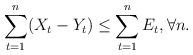
LaTeX: \begin{align*} \sum_{t=1}^n (X_t - Y_t) \leq \sum_{t=1}^n E_t, \forall n.\end{align*}